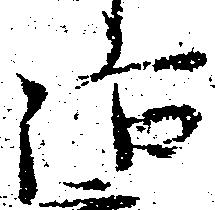
治